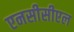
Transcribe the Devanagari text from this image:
एनसीसीएल